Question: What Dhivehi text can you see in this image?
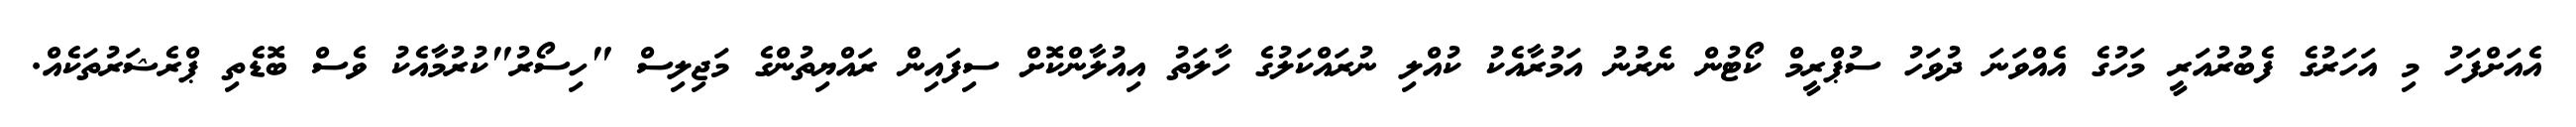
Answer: އެއަށްފަހު މި އަހަރުގެ ފެބުރުއަރީ މަހުގެ އެއްވަނަ ދުވަހު ސުޕްރީމް ކޯޓުން ނެރުނު އަމުރާއެކު ކުއްލި ނުރައްކަލުގެ ހާލަތު އިއުލާންކޮށް ސިފައިން ރައްޔިތުންގެ މަޖިލިސް "ހިސޯރު"ކުރުމާއެކު ވެސް ބޮޑެތި ޕްރެޝަރުތަކެއް.